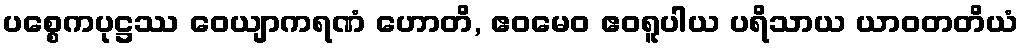
ပစ္စေကပုဋ္ဌဿ ဝေယျာကရဏံ ဟောတိ, ဧဝမေဝ ဧဝရူပါယ ပရိသာယ ယာဝတတိယံ